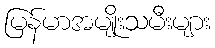
မြန်မာအမျိုးသမီးများ